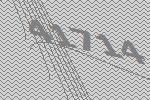
41714